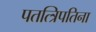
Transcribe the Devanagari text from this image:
पतत्त्रिपतिना